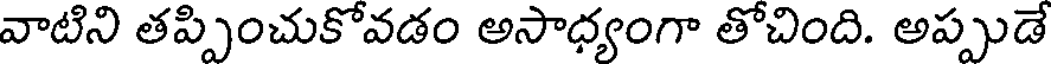
వాటిని తప్పించుకోవడం అసాధ్యంగా తోచింది. అప్పుడే